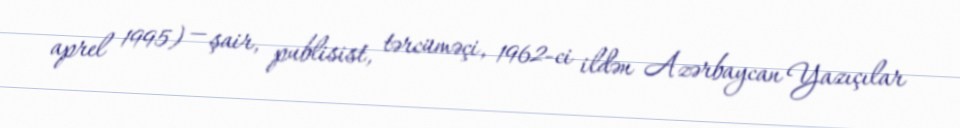
aprel 1995) — şair, publisist, tərcüməçi, 1962-ci ildən Azərbaycan Yazıçılar